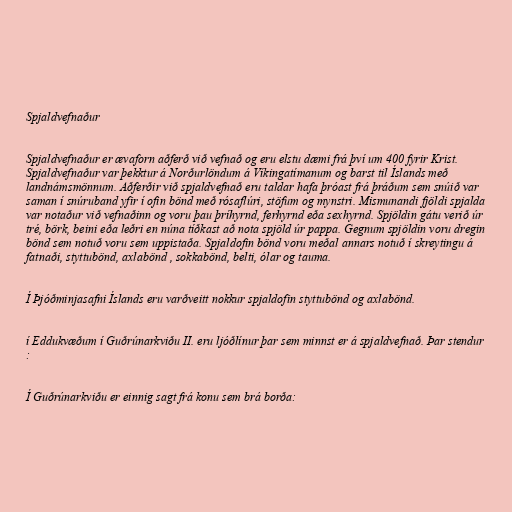
Spjaldvefnaður

Spjaldvefnaður er ævaforn aðferð við vefnað og eru elstu dæmi frá því um 400 fyrir Krist.
Spjaldvefnaður var þekktur á Norðurlöndum á Víkingatímanum og barst til Íslands með
landnámsmönnum. Aðferðir við spjaldvefnað eru taldar hafa þróast frá þráðum sem snúið var
saman í snúruband yfir í ofin bönd með rósaflúri, stöfum og mynstri. Mismunandi fjöldi spjalda
var notaður við vefnaðinn og voru þau þríhyrnd, ferhyrnd eða sexhyrnd. Spjöldin gátu verið úr
tré, börk, beini eða leðri en núna tíðkast að nota spjöld úr pappa. Gegnum spjöldin voru dregin
bönd sem notuð voru sem uppistaða. Spjaldofin bönd voru meðal annars notuð í skreytingu á
fatnaði, styttubönd, axlabönd , sokkabönd, belti, ólar og tauma.

Í Þjóðminjasafni Íslands eru varðveitt nokkur spjaldofin styttubönd og axlabönd.

í Eddukvæðum í Guðrúnarkviðu II. eru ljóðlínur þar sem minnst er á spjaldvefnað. Þar stendur
:

Í Guðrúnarkviðu er einnig sagt frá konu sem brá borða: